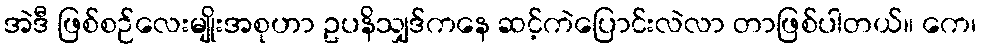
အဲဒီ ဖြစ်စဉ်လေးမျိုးအစုဟာ ဥပနိသျှဒ်ကနေ ဆင့်ကဲပြောင်းလဲလာ တာဖြစ်ပါတယ်။ ကေ၊